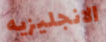
الانجليزيه